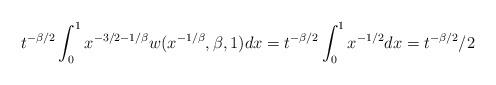
LaTeX: \begin{align*}t^{-\beta/2}\int_{0}^{1}x^{-3/2 - 1/\beta}w(x^{-1/\beta}, \beta, 1)dx = t^{-\beta/2} \int_{0}^{1}x^{-1/2}dx = t^{-\beta/2}/2\end{align*}